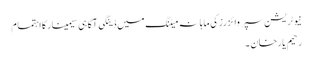
نیوٹریشن سپروائزرزکی ماہانہ میٹنگ میں ڈینگی آگاہی سیمینارکااہتمام
رحیم یارخان ۔